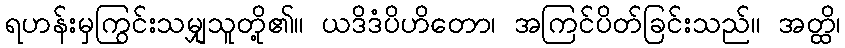
ရဟန်းမှကြွင်းသမျှသူတို့၏။ ယဒိဒံပိဟိတော၊ အကြင်ပိတ်ခြင်းသည်။ အတ္ထိ၊